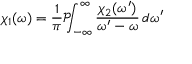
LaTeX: \chi _ { 1 } ( \omega ) = { \frac { 1 } { \pi } } { \mathcal { P } } \! \! \! \int _ { - \infty } ^ { \infty } { \frac { \chi _ { 2 } ( \omega ^ { \prime } ) } { \omega ^ { \prime } - \omega } } \, d \omega ^ { \prime }